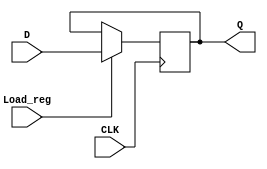
`timescale 1ns / 1ps
//////////////////////////////////////////////////////////////////////////////////
// Company: 
// Engineer: 
// 
// Design Name: 
// Module Name: Register
// Project Name: 
// Target Devices: 
// Tool Versions: 
// Description: 
// 
// Dependencies: 
// 
// Revision:
// Revision 0.01 - File Created
// Additional Comments:
// 
//////////////////////////////////////////////////////////////////////////////////


module Register #(parameter Data_Width = 32)(
    input [Data_Width - 1:0] D,
    input Load_reg,
    input CLK,
    output reg [Data_Width - 1:0] Q
    );
    always @ (posedge CLK)
    begin
        if(Load_reg)
            Q <= D;
    end 
endmodule